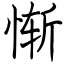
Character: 惭